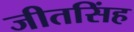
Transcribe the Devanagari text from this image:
जीतसिंह